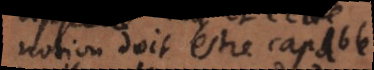
notion doit estre capable